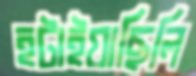
হটাইয়াছিলি